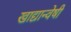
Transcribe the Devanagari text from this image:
खाद्यान्वेषी